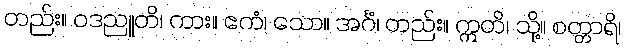
တည်း။ ဝဒညူတိ၊ ကား။ ဧကံ၊ သော။ အင်္ဂံ၊ တည်း။ ဣတိ၊ သို့။ စတ္တာရိ၊